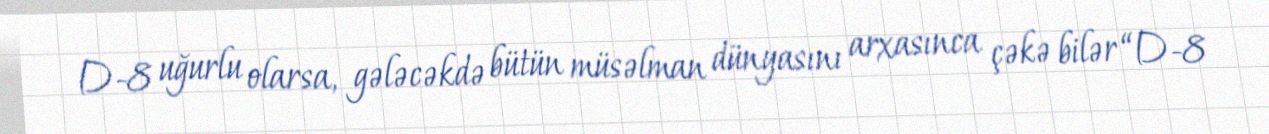
D-8 uğurlu olarsa, gələcəkdə bütün müsəlman dünyasını arxasınca çəkə bilər “D-8